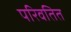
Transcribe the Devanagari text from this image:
परिवतित